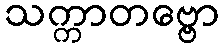
သက္ကာတဗ္ဗော